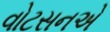
વોટસનએ